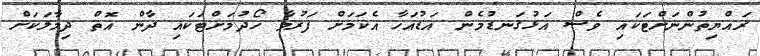
ރައްޔިތުންނަށްޓަކައި ވެސް އަޅުގަނޑުމެން އަޑުއަހާ އެކަމަށް ފަރުވާ ހޯދުމަށްޓަކައި ދާން އޮތް ދިމާލަކަށް